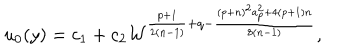
u _ { 0 } ( y ) = c _ { 1 } + c _ { 2 } { \cal W } ^ { { \frac { p + 1 } { 2 ( n - 1 ) } } + q - { \frac { ( p + n ) ^ { 2 } a _ { p } ^ { 2 } + 4 ( p + 1 ) n } { 8 ( n - 1 ) } } } ,